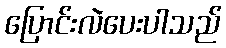
ပြောင်းလဲပေးပါသည်